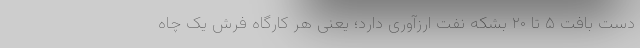
دست بافت ۵ تا ۲۰ بشکه نفت ارزآوری دارد؛ یعنی هر کارگاه فرش یک چاه